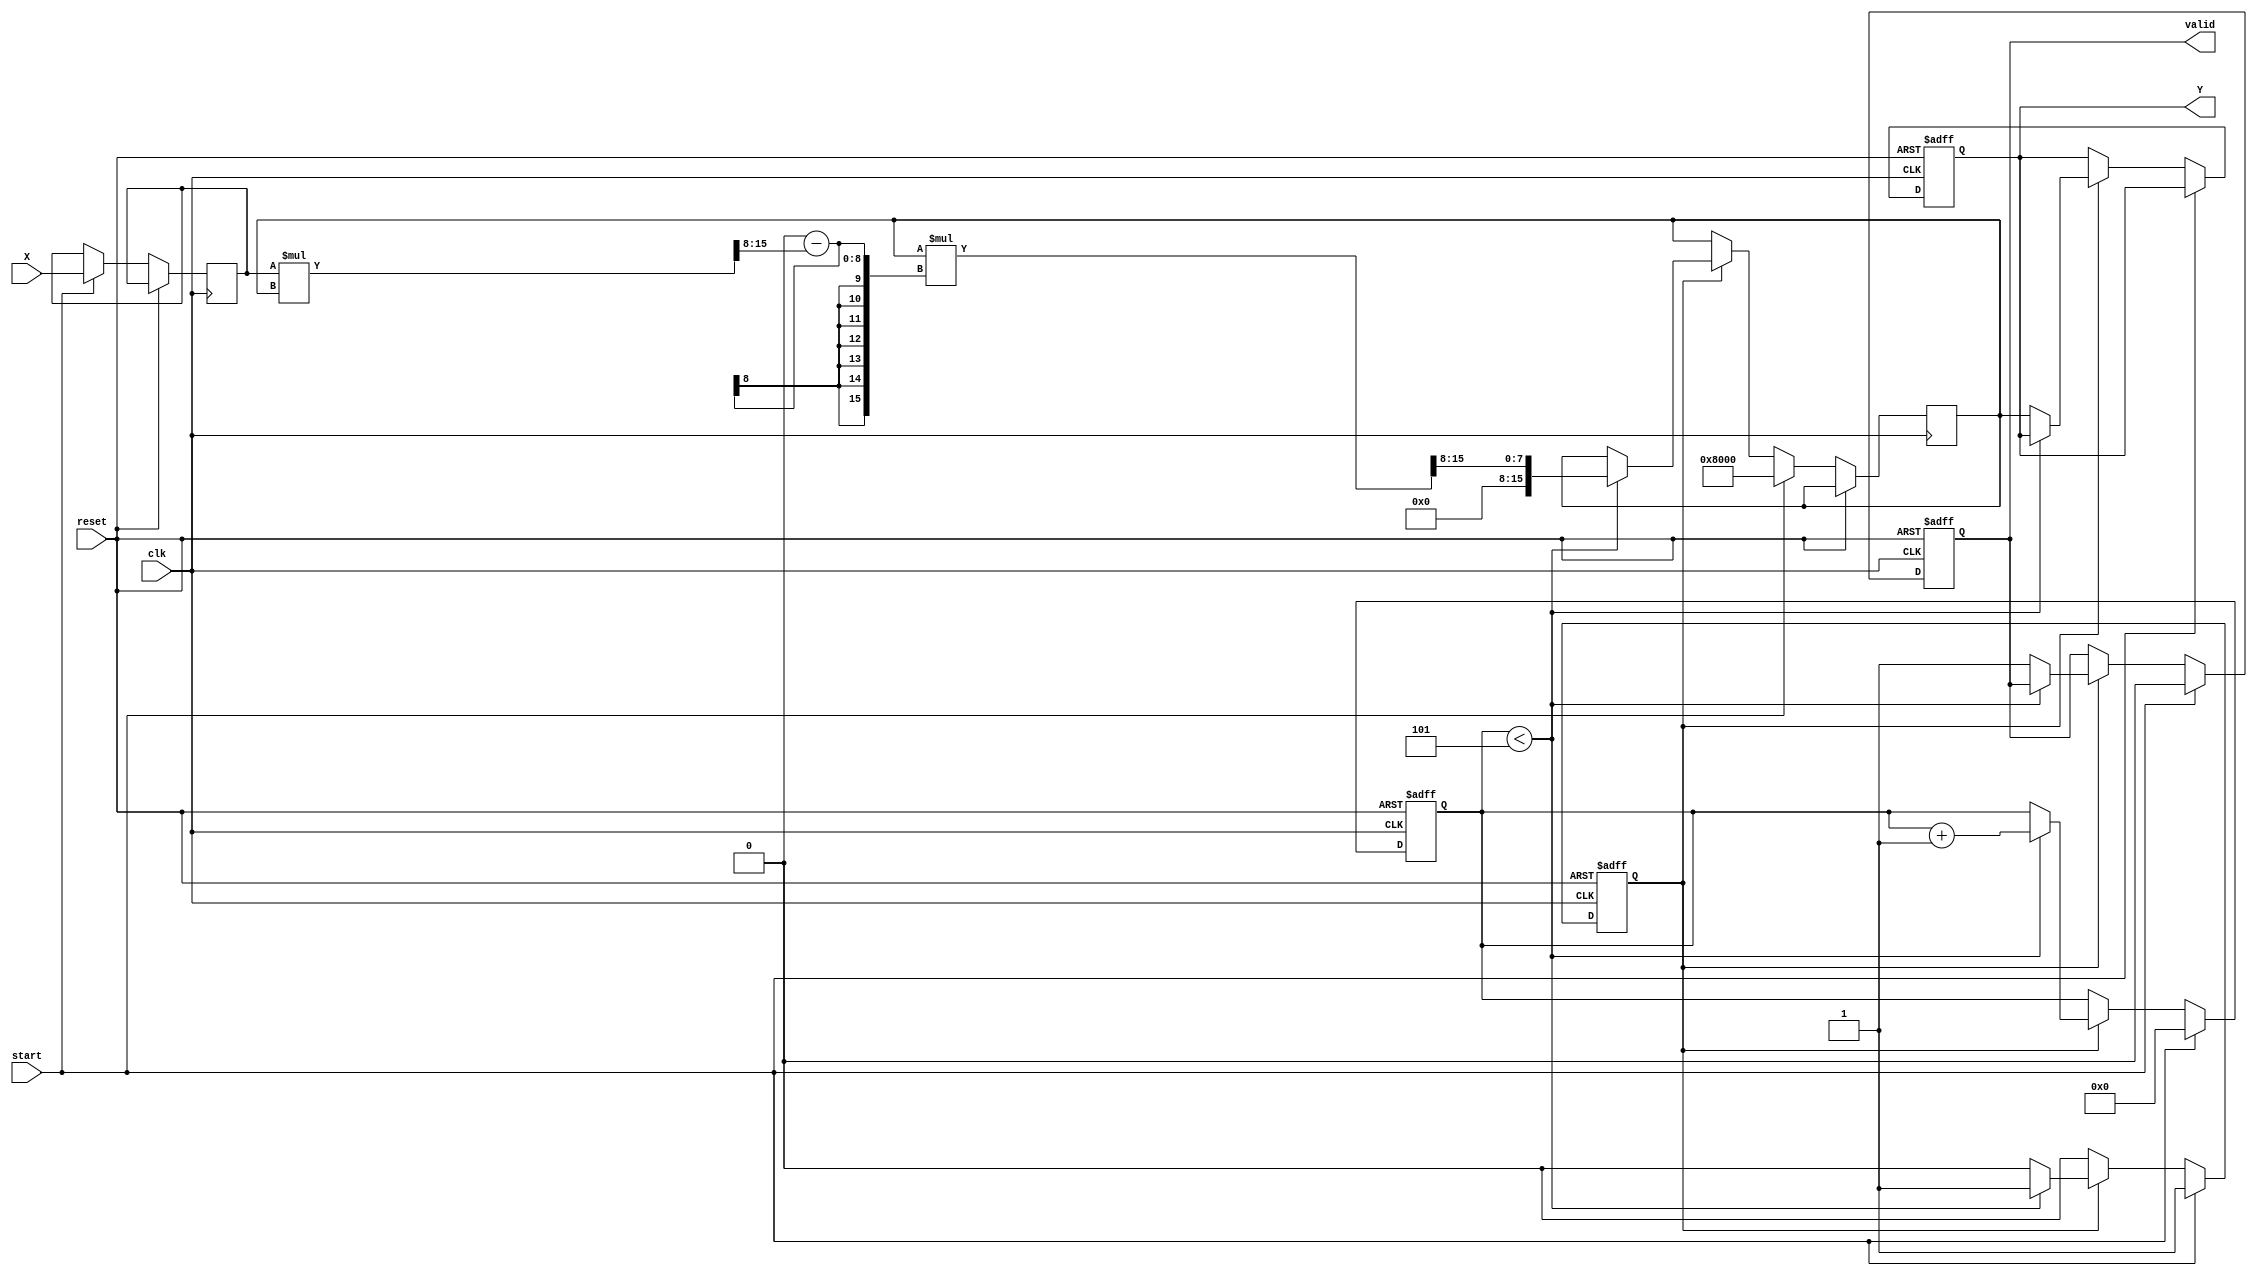
module fixed_point_reciprocal (
    input wire clk,
    input wire reset,
    input wire start,
    input wire [15:0] X, // Input: Fixed-point number (Q8.8)
    output reg [15:0] Y,  // Output: Reciprocal (Q8.8)
    output reg valid // Signal indicating output is valid
);

    // Parameter for maximum iterations
    parameter MAX_ITER = 5;

    // Internal signals
    reg [15:0] x_reg; // Register to hold input value
    reg [15:0] approx; // Current approximation
    reg [3:0] iter; // Iteration counter
    reg calculating; // State to check if currently calculating

    // Initialize and handle reset
    always @(posedge clk or posedge reset) begin
        if (reset) begin
            Y <= 16'b0;
            valid <= 1'b0;
            calculating <= 1'b0;
            iter <= 4'b0;
        end else begin
            if (start) begin
                // Start calculation
                x_reg <= X;
                approx <= 16'h8000; // Initial approximation (1 in Q8.8)
                iter <= 4'b0;
                calculating <= 1'b1;
                valid <= 1'b0;
            end else if (calculating) begin
                if (iter < MAX_ITER) begin
                    // Newton-Raphson iteration: approx = approx * (2 - x * approx)
                    approx <= approx * (16'h10000 - (x_reg * approx >> 8)) >> 8; // Q8.8
                    iter <= iter + 1;
                end else begin
                    // Finished calculating reciprocal
                    Y <= approx;
                    valid <= 1'b1;
                    calculating <= 1'b0; // Reset calculation state
                end
            end
        end
    end

endmodule